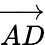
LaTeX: \overrightarrow{AD}